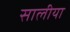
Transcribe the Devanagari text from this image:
सालीया